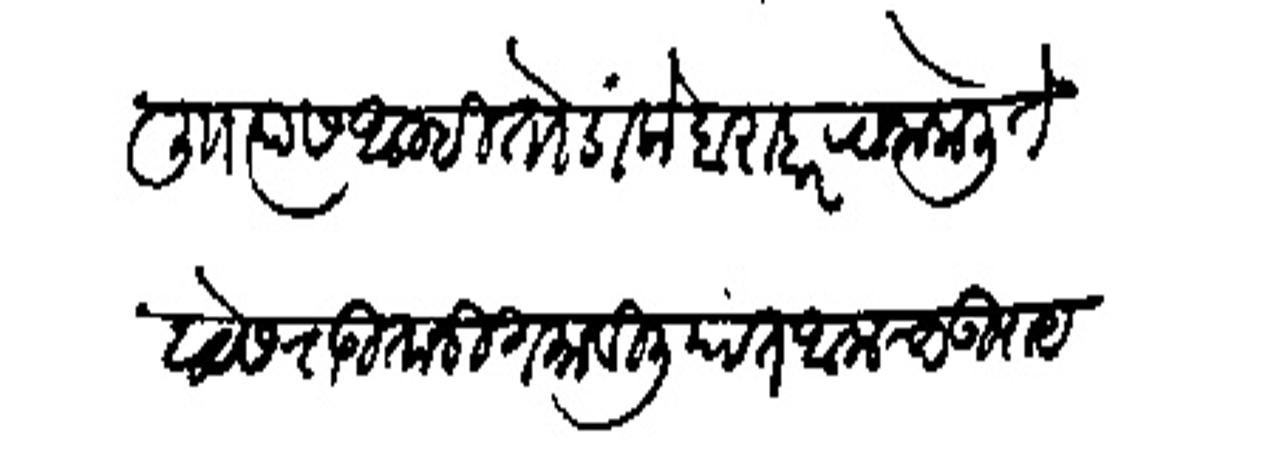
Transliteration (Devanagari): लिाा त्यास आम्ही तो डांके बराबर रवाना केली ते वाटेस राऊतानी गमाविली यांत आमचा उपाय